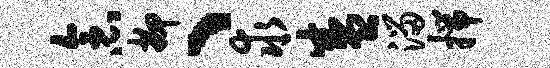
念抑、求盛溜揣